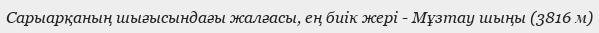
Сарыарқаның шығысындағы жалғасы, ең биік жері - Мұзтау шыңы (3816 м)